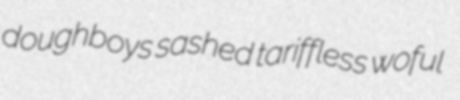
doughboys sashed tariffless woful